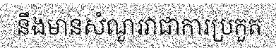
នឹងមានសំណួរវាជាការប្រកួត